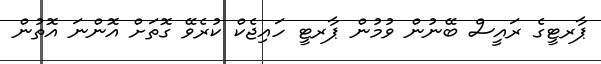
ޕާރޓީގެ ރައީސް ބޭނުން ވުމުން ޕާރޓީ ހައިޖެކް ކުރެވޭ ގޮތަށް އޮންނަ އޮތުން